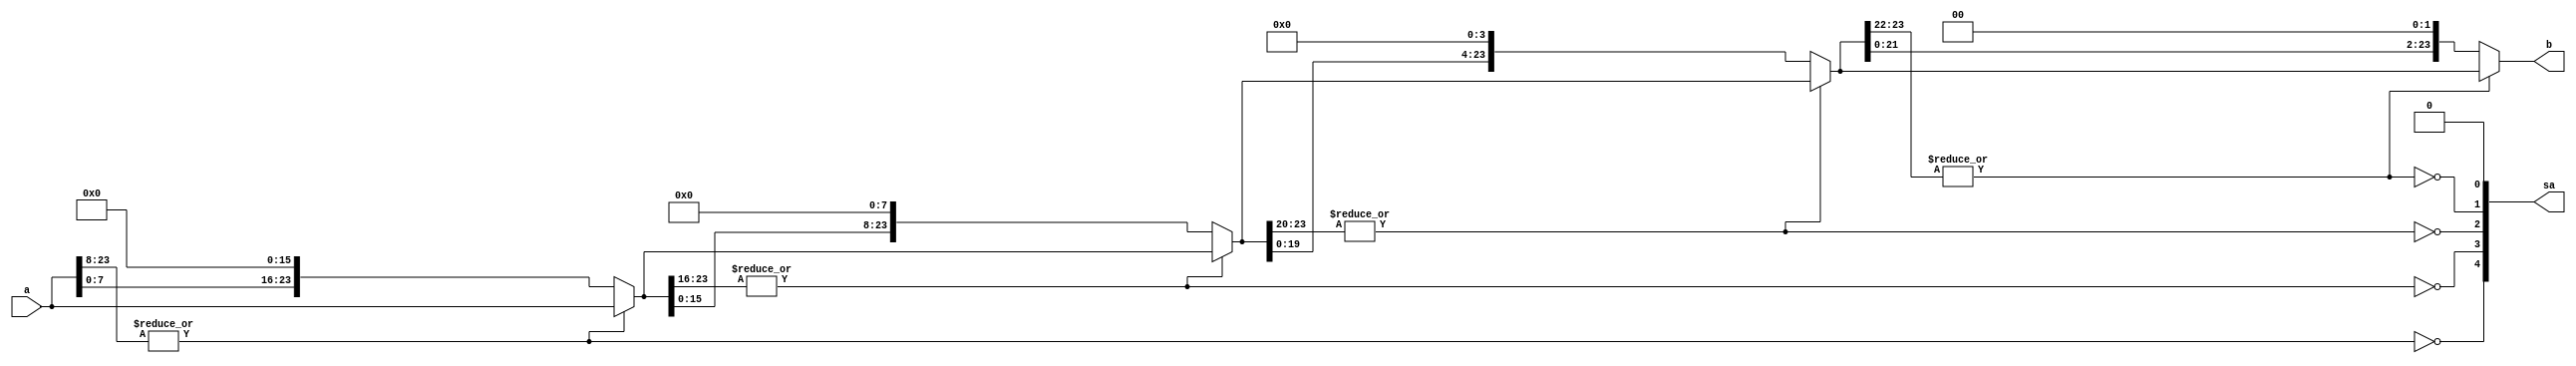
module shift_even_bits (a,b,sa);	// shift even bits until MSB if 1x or 01
	input [23:0] a;			// input data to be shifted
	output [23:0] b;		// output data(1xxx...x or 01xx...x)
	output [4:0] sa;		// shift amount, even number
	
	wire sa4,sa3,sa2,sa1,sa0;
	assign sa = {sa4,sa3,sa2,sa1,sa0};
	wire [23:0] a5,a4,a3,a2,a1;
	assign a5 = a;
	assign sa4 = ~|a5[23:8];		// 16-bit 0
	assign a4 = sa4? {a5[7:0],16'b0} : a5;
	assign sa3 = ~|a4[23:16];		// 8-bit 0
	assign a3 = sa3? {a4[15:0],8'b0} : a4;
	assign sa2 = ~|a3[23:20];		// 4-bit 0
	assign a2 = sa2? {a3[19:0],4'b0} : a3;
	assign sa1 = ~|a2[23:22];		// 2-bit 0
	assign a1 = sa1? {a2[21:0],2'b0} : a2;
	assign sa0 = 0;
	assign b = a1;
endmodule